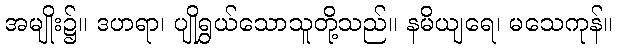
အမျိုး၌။ ဒဟရာ၊ ပျိုရွှယ်သောသူတို့သည်။ နမိယျရေ၊ မသေကုန်။